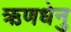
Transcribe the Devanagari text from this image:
ऋणधेनु